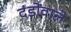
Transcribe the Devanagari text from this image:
दंडोंवाले